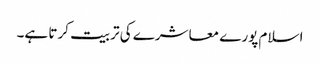
اسلام پورے معاشرے کی تربیت کرتا ہے۔